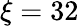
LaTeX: \xi=32